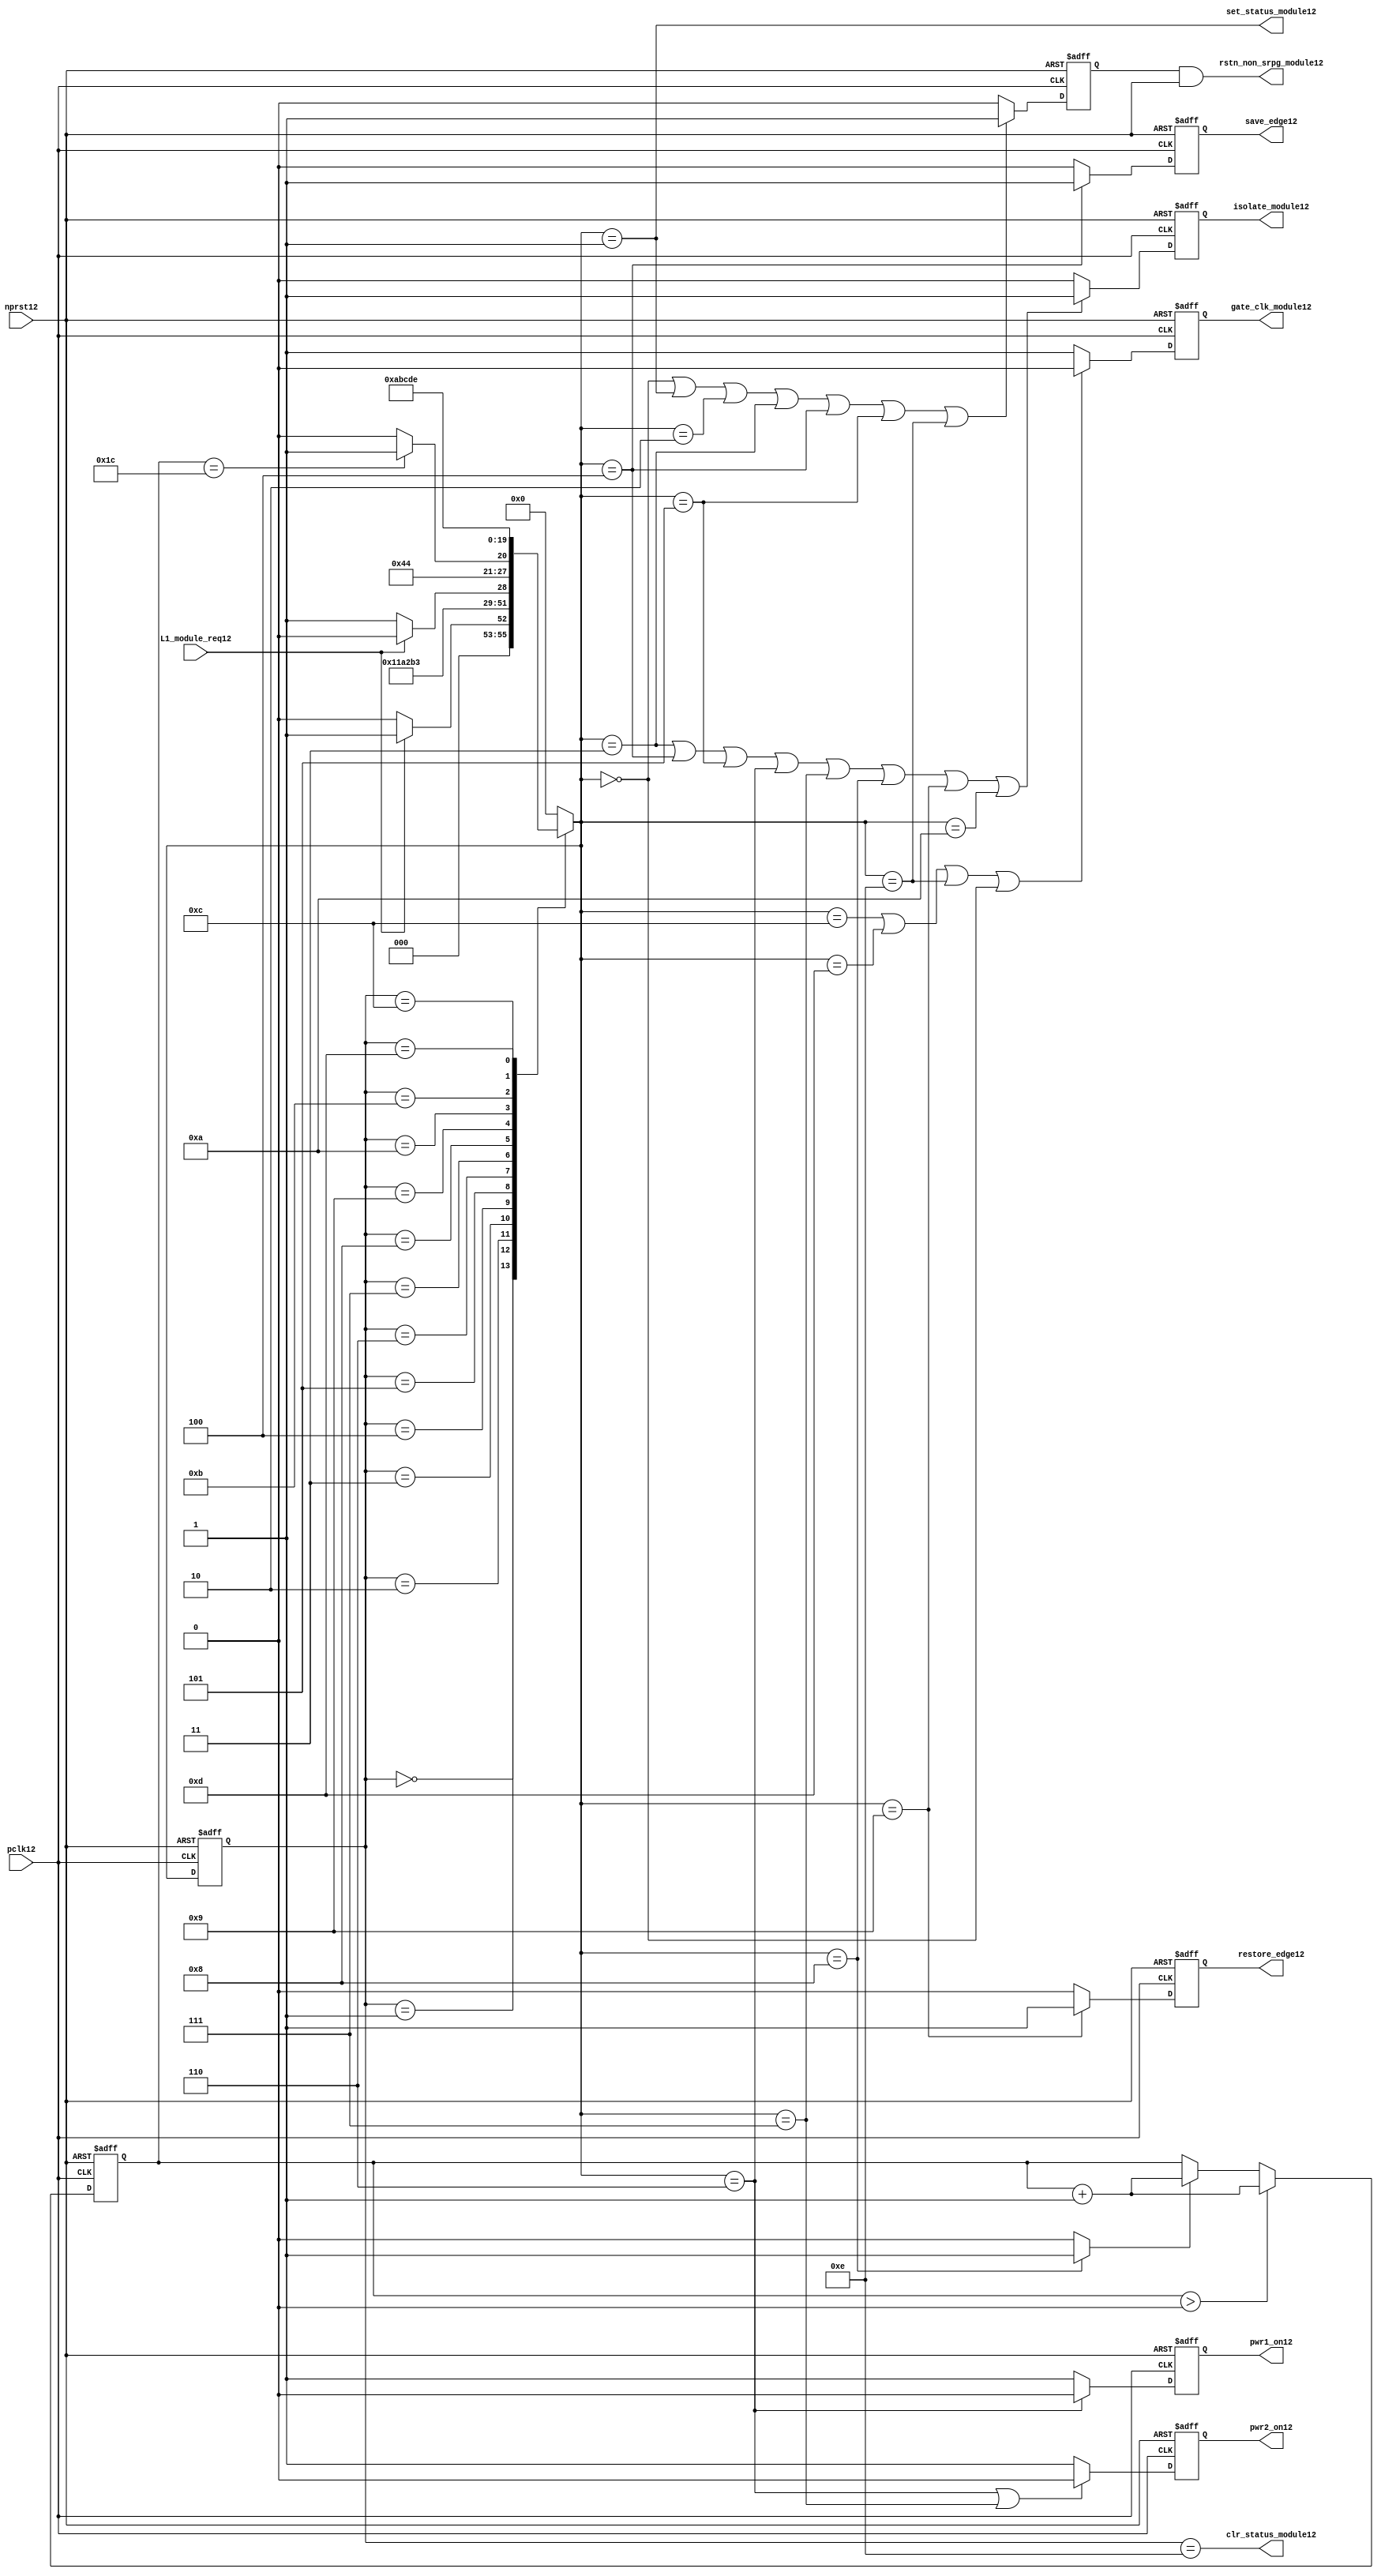
//File12 name   : power_ctrl_sm12.v
//Title12       : Power12 Controller12 state machine12
//Created12     : 1999
//Description12 : State12 machine12 of power12 controller12
//Notes12       : 
//----------------------------------------------------------------------
//   Copyright12 1999-2010 Cadence12 Design12 Systems12, Inc12.
//   All Rights12 Reserved12 Worldwide12
//
//   Licensed12 under the Apache12 License12, Version12 2.0 (the
//   "License12"); you may not use this file except12 in
//   compliance12 with the License12.  You may obtain12 a copy of
//   the License12 at
//
//       http12://www12.apache12.org12/licenses12/LICENSE12-2.0
//
//   Unless12 required12 by applicable12 law12 or agreed12 to in
//   writing, software12 distributed12 under the License12 is
//   distributed12 on an "AS12 IS12" BASIS12, WITHOUT12 WARRANTIES12 OR12
//   CONDITIONS12 OF12 ANY12 KIND12, either12 express12 or implied12.  See
//   the License12 for the specific12 language12 governing12
//   permissions12 and limitations12 under the License12.
//----------------------------------------------------------------------
module power_ctrl_sm12 (

    // Clocks12 & Reset12
    pclk12,
    nprst12,

    // Register Control12 inputs12
    L1_module_req12,
    set_status_module12,
    clr_status_module12,

    // Module12 control12 outputs12
    rstn_non_srpg_module12,
    gate_clk_module12,
    isolate_module12,
    save_edge12,
    restore_edge12,
    pwr1_on12,
    pwr2_on12

);

input    pclk12;
input    nprst12;

input    L1_module_req12;
output   set_status_module12;
output   clr_status_module12;
    
output   rstn_non_srpg_module12;
output   gate_clk_module12;
output   isolate_module12;
output   pwr1_on12;
output   pwr2_on12;
output save_edge12;
output restore_edge12;

wire    set_status_module12;
wire    clr_status_module12;

wire    rstn_non_srpg_module12;
reg     gate_clk_module12;
reg     isolate_module12;
reg     pwr1_on12;
reg     pwr2_on12;

reg save_edge12;

reg restore_edge12;
   
// FSM12 state
reg  [3:0] currentState12, nextState12;
reg     rstn_non_srpg12;
reg [4:0] trans_cnt12;

parameter Init12 = 0; 
parameter Clk_off12 = 1; 
parameter Wait112 = 2; 
parameter Isolate12 = 3; 
parameter Save_edge12 = 4; 
parameter Pre_pwr_off12 = 5; 
parameter Pwr_off12 = 6; 
parameter Pwr_on112 = 7; 
parameter Pwr_on212 = 8; 
parameter Restore_edge12 = 9; 
parameter Wait212 = 10; 
parameter De_isolate12 = 11; 
parameter Clk_on12 = 12; 
parameter Wait312 = 13; 
parameter Rst_clr12 = 14;


// Power12 Shut12 Off12 State12 Machine12

// FSM12 combinational12 process
always @  (*)
  begin
    case (currentState12)

      // Commence12 PSO12 once12 the L112 req bit is set.
      Init12:
        if (L1_module_req12 == 1'b1)
          nextState12 = Clk_off12;         // Gate12 the module's clocks12 off12
        else
          nextState12 = Init12;            // Keep12 waiting12 in Init12 state
        
      Clk_off12 :
        nextState12 = Wait112;             // Wait12 for one cycle
 
      Wait112  :                         // Wait12 for clk12 gating12 to take12 effect
        nextState12 = Isolate12;           // Start12 the isolation12 process
          
      Isolate12 :
        nextState12 = Save_edge12;
        
      Save_edge12 :
        nextState12 = Pre_pwr_off12;

      Pre_pwr_off12 :
        nextState12 = Pwr_off12;
      // Exit12 PSO12 once12 the L112 req bit is clear.

      Pwr_off12 :
        if (L1_module_req12 == 1'b0)
          nextState12 = Pwr_on112;         // Resume12 power12 if the L1_module_req12 bit is cleared12
        else
          nextState12 = Pwr_off12;         // Wait12 until the L1_module_req12 bit is cleared12
        
      Pwr_on112 :
        nextState12 = Pwr_on212;
          
      Pwr_on212 :
        if(trans_cnt12 == 5'd28)
          nextState12 = Restore_edge12;
        else 
          nextState12 = Pwr_on212;
          
      Restore_edge12 :
        nextState12 = Wait212;

      Wait212 :
        nextState12 = De_isolate12;
          
      De_isolate12 :
        nextState12 = Clk_on12;
          
      Clk_on12 :
        nextState12 = Wait312;
          
      Wait312  :                         // Wait12 for clock12 to resume
        nextState12 = Rst_clr12 ;     
 
      Rst_clr12 :
        nextState12 = Init12;
        
      default  :                       // Catch12 all
        nextState12 = Init12; 
        
    endcase
  end


  // Signals12 Sequential12 process - gate_clk_module12
always @ (posedge pclk12 or negedge nprst12)
  begin
    if (~nprst12)
      gate_clk_module12 <= 1'b0;
    else 
      if (nextState12 == Clk_on12 | nextState12 == Wait312 | nextState12 == Rst_clr12 | 
          nextState12 == Init12)
          gate_clk_module12 <= 1'b0;
      else
          gate_clk_module12 <= 1'b1;
  end

// Signals12 Sequential12 process - rstn_non_srpg12
always @ (posedge pclk12 or negedge nprst12)
  begin
    if (~nprst12)
      rstn_non_srpg12 <= 1'b0;
    else
      if ( nextState12 == Init12 | nextState12 == Clk_off12 | nextState12 == Wait112 | 
           nextState12 == Isolate12 | nextState12 == Save_edge12 | nextState12 == Pre_pwr_off12 | nextState12 == Rst_clr12)
        rstn_non_srpg12 <= 1'b1;
      else
        rstn_non_srpg12 <= 1'b0;
   end


// Signals12 Sequential12 process - pwr1_on12 & pwr2_on12
always @ (posedge pclk12 or negedge nprst12)
  begin
    if (~nprst12)
      pwr1_on12 <=  1'b1;  // power12 gates12 1 & 2 are on
    else
      if (nextState12 == Pwr_off12 )
        pwr1_on12 <= 1'b0;  // shut12 off12 both power12 gates12 1 & 2
      else
        pwr1_on12 <= 1'b1;
  end


// Signals12 Sequential12 process - pwr1_on12 & pwr2_on12
always @ (posedge pclk12 or negedge nprst12)
  begin
    if (~nprst12)
       pwr2_on12 <= 1'b1;      // power12 gates12 1 & 2 are on
    else
      if (nextState12 == Pwr_off12 | nextState12 == Pwr_on112)
        pwr2_on12 <= 1'b0;     // shut12 off12 both power12 gates12 1 & 2
      else
        pwr2_on12 <= 1'b1;
   end


// Signals12 Sequential12 process - isolate_module12 
always @ (posedge pclk12 or negedge nprst12)
  begin
    if (~nprst12)
        isolate_module12 <= 1'b0;
    else
      if (nextState12 == Isolate12 | nextState12 == Save_edge12 | nextState12 == Pre_pwr_off12 |  nextState12 == Pwr_off12 | nextState12 == Pwr_on112 |
          nextState12 == Pwr_on212 | nextState12 == Restore_edge12 | nextState12 == Wait212)
         isolate_module12 <= 1'b1;       // Activate12 the isolate12 and retain12 signals12
      else
         isolate_module12 <= 1'b0;        
   end    

// enabling save edge
always @ (posedge pclk12 or negedge nprst12)
  begin
    if (~nprst12)
        save_edge12 <= 1'b0;
    else
      if (nextState12 == Save_edge12 )
         save_edge12 <= 1'b1;       // Activate12 the isolate12 and retain12 signals12
      else
         save_edge12 <= 1'b0;        
   end    
// stabilising12 count
wire restore_change12;
assign restore_change12 = (nextState12 == Pwr_on212) ? 1'b1: 1'b0;

always @ (posedge pclk12 or negedge nprst12)
  begin
    if (~nprst12)
      trans_cnt12 <= 0;
    else if (trans_cnt12 > 0)
      trans_cnt12  <= trans_cnt12 + 1;
    else if (restore_change12)
      trans_cnt12  <= trans_cnt12 + 1;
  end

// enabling restore12 edge
always @ (posedge pclk12 or negedge nprst12)
  begin
    if (~nprst12)
        restore_edge12 <= 1'b0;
    else
      if (nextState12 == Restore_edge12)
         restore_edge12 <= 1'b1;       // Activate12 the isolate12 and retain12 signals12
      else
         restore_edge12 <= 1'b0;        
   end    


// FSM12 Sequential12 process
always @ (posedge pclk12 or negedge nprst12)
  begin
    if (~nprst12)
      currentState12 <= Init12;
    else
      currentState12 <= nextState12;
  end


// Reset12 for non-SRPG12 FFs12 is a combination12 of the nprst12 and the reset during PSO12
assign  rstn_non_srpg_module12 = rstn_non_srpg12 & nprst12;

assign  set_status_module12 = (nextState12 == Clk_off12);    // Set the L112 status bit  
assign  clr_status_module12 = (currentState12 == Rst_clr12); // Clear the L112 status bit  
  

`ifdef LP_ABV_ON12

// psl12 default clock12 = (posedge pclk12);

// Never12 have the set and clear status signals12 both set
// psl12 output_no_set_and_clear12 : assert never {set_status_module12 & clr_status_module12};



// Isolate12 signal12 should become12 active on the 
// Next12 clock12 after Gate12 signal12 is activated12
// psl12 output_pd_seq12:
//    assert always
//	  {rose12(gate_clk_module12)} |=> {[*1]; {rose12(isolate_module12)} }
//    abort12(~nprst12);
//
//
//
// Reset12 signal12 for Non12-SRPG12 FFs12 and POWER12 signal12 for
// SMC12 should become12 LOW12 on clock12 cycle after Isolate12 
// signal12 is activated12
// psl12 output_pd_seq_stg_212:
//    assert always
//    {rose12(isolate_module12)} |=>
//    {[*2]; {{fell12(rstn_non_srpg_module12)} && {fell12(pwr1_on12)}} }
//    abort12(~nprst12);
//
//
// Whenever12 pwr1_on12 goes12 to LOW12 pwr2_on12 should also go12 to LOW12
// psl12 output_pwr2_low12:
//    assert always
//    { fell12(pwr1_on12) } |->  { fell12(pwr2_on12) }
//    abort12(~nprst12);
//
//
// Whenever12 pwr1_on12 becomes HIGH12 , On12 Next12 clock12 cycle pwr2_on12
// should also become12 HIGH12
// psl12 output_pwr2_high12:
//    assert always
//    { rose12(pwr1_on12) } |=>  { (pwr2_on12) }
//    abort12(~nprst12);
//
`endif


endmodule